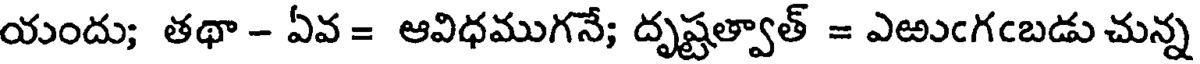
యందు; తథా - ఏవ = ఆవిధముగనే; దృష్టత్వాత్ = ఎఱుఁగఁబడు చున్న